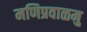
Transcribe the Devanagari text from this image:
मणिप्रवाळमु